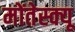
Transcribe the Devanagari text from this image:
मोंतेस्क्यू